Report on sanitation, dispensaries, and jails in Rajputana for 1916, and on vaccination for the year 1916-1917 - 1916-1917
Year: 1916
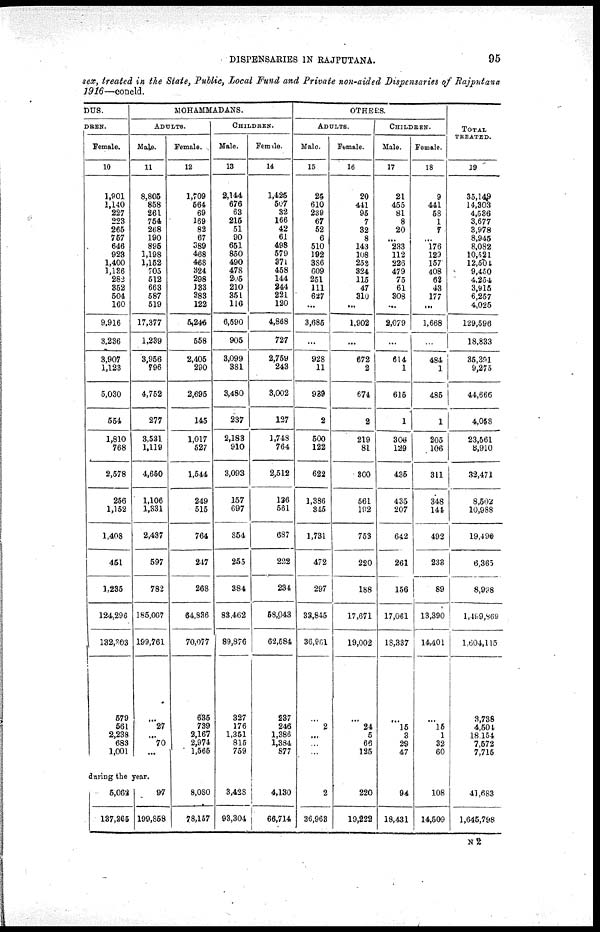
DISPENSARIES IN RAJPUTANA.
95
sex, treated in the State, Public, Local Fund and Private non-aided Dispensaries of Rajputana
1916—concld.
DUS.
DREN.
Female.
10
1,901
1,140
227
223
265
757
646
923
1,400
1,136
282
362
504
160
9,916
3,236
3,907
1,123
5,030
554
1,810
768
2,578
256
1,152
1,408
451
1,235
124,296
132,303
579
561
2,238
683
1,001
MOHAMMADANS.
ADULTS.
Male.
11
8,805
858
261
754
268
190
895
1,198
1,152
705
512
663
587
519
17,377
1,239
3,956
796
4,752
277
3,531
1,119
4,650
1,106
1,331
2,437
597
782
185,067
199,761
...
27
...
70
...
during the year.
5,062
137,365
97
199,858
Female.
12
1,709
564
69
169
82
67
589
468
468
324
298
133
383
122
5,245
558
2,405
290
2,696
145
1,017
527
1,544
249
515
764
247
268
64,836
70,077
635
739
2,167
2,974
1,565
8,080
78,157
CHILDREN.
Male
13
2,144
676
63
215
51
90
651
850
490
478
205
210
351
116
6,590
905
3,099
381
3,480
237
2,183
910
3,093
157
697
854
255
384
83,462
89,876
327
176
1,351
815
759
3,428
93,304
Female.
14
1,425
507
32
166
42
61
498
579
371
458
144
244
221
120
4,868
727
2,759
243
3,002
127
1,748
764
2,512
126
561
687
222
234
58,043
62,584
237
246
1,386
1,384
877
4,130
66,714
OTHERS.
ADULTS.
Male.
15
25
610
239
67
52
6
510
192
386
609
251
111
627
...
3,685
...
928
11
939
2
500
122
622
1,386
345
1,731
472
297
33,845
36,901
...
2
...
...
...
2
36,963
Female.
16
20
441
95
7
32
8
143
108
258
324
115
47
310
...
1,902
...
672
2
674
2
219
81
300
561
192
753
220
188
17,671
19,002
...
24
5
66
125
220
19,222
CHILDREN.
Male.
17
21
455
81
8
20
...
233
112
226
479
75
61
308
...
2,079
...
614
1
615
1
306
129
435
435
207
642
261
156
17,061
18,337
...
15
3
29
47
94
18,431
Female.
18
9
441
58
1
7
...
176
129
157
408
62
43
177
...
1,668
...
484
1
485
1
205
106
311
348
144
492
233
89
13,390
14,401
...
15
1
32
60
108
14,509
TOTAL
TREATED.
19
35,149
14,303
4,586
3,677
3,978
8,945
8,082
10,521
12,501
9,450
4,254
3,915
6,257
4,025
129,596
18,833
35,391
9,275
44,666
4,058
23,561
8,910
32,471
8,502
10,988
19,490
6,365
8,938
l,499,869
1,004,115
3,738
4,504
18,154
7,572
7,715
41,683
1,645,798
N2